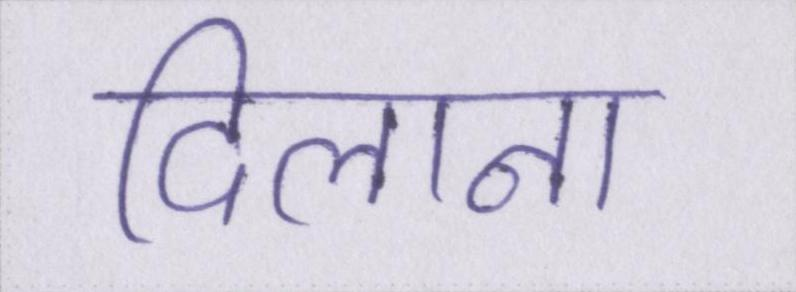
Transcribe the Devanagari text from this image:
दिलाना